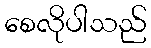
စေလိုပါသည်